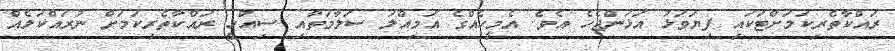
ރައްކާތެރިކަމަށްޓަކައި ފިޔަވަޅު އަޅަންޖެހެ އެވެ. އެމީހެއްގެ އަމިއްލަ ސަލާމަތާއި ސިއްހީ ރައްކާތެރިކަމަށް ނުރައްކަލެއް